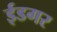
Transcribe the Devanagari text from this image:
ईडगर